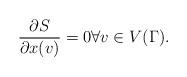
LaTeX: \begin{align*} \frac{\partial S}{\partial x(v)}=0\forall v\in V(\Gamma).\end{align*}